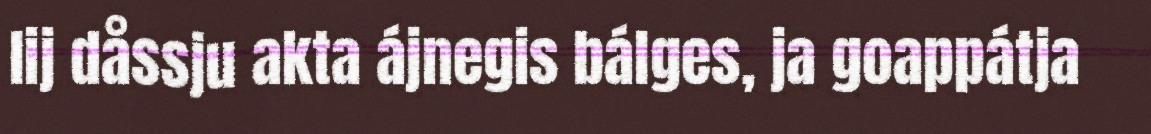
lij dåssju akta ájnegis bálges, ja goappátja